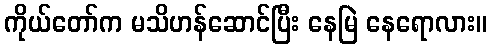
ကိုယ်တော်က မသိဟန်ဆောင်ပြီး နေမြဲ နေရောလား။